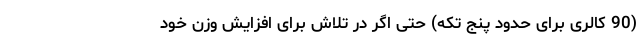
(90 کالری برای حدود پنج تکه) حتی اگر در تلاش برای افزایش وزن خود